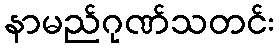
နာမည်ဂုဏ်သတင်း